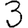
Digit: 3